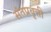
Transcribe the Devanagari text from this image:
संतप्रवृत्ती